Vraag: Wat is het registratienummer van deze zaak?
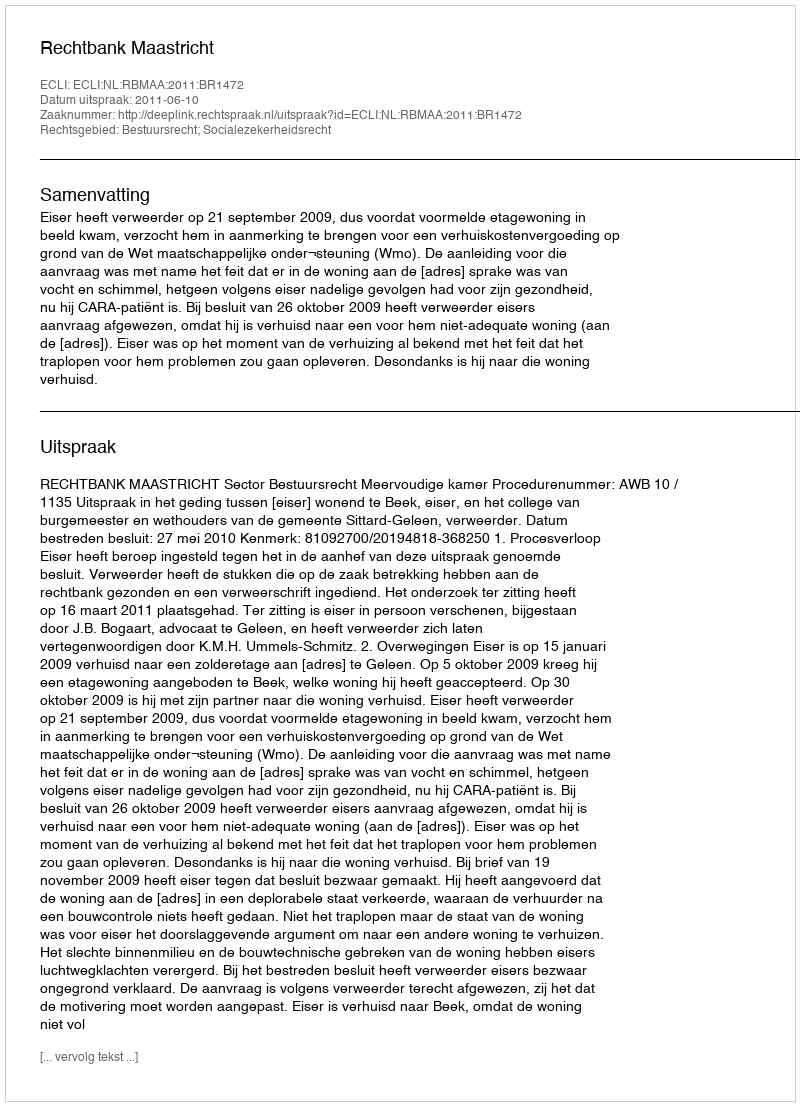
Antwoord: http://deeplink.rechtspraak.nl/uitspraak?id=ECLI:NL:RBMAA:2011:BR1472